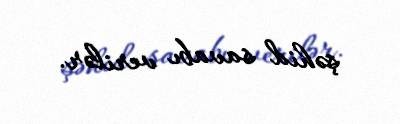
şəhid savabı verilər.